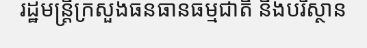
រដ្ឋមន្ត្រីក្រសួងធនធានធម្មជាតិ និងបរិស្ថាន